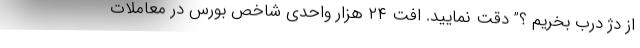
از دژ درب بخریم ؟” دقت نمایید. افت ۲۴ هزار واحدی شاخص بورس در معاملات